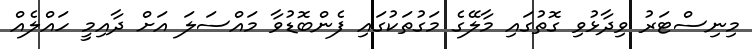
މިނިސްޓަރު ވިދާޅުވި ގޮތުގައި މާލޭގެ މަގުތަކުގައި ފެންބޮޑުވާ މައްސަލަ އަށް ދާއިމީ ހައްލެއް